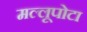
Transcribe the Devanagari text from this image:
मल्लूपोटा